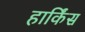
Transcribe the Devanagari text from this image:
हार्किंस